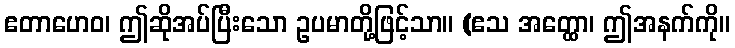
ဧတာဟေဝ၊ ဤဆိုအပ်ပြီးသော ဥပမာတို့ဖြင့်သာ။ (ဧသ အတ္ထော၊ ဤအနက်ကို။